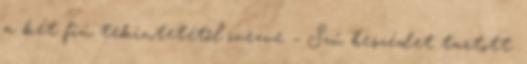
a két fiú tekintetétől övezve – Szú beszédet tartott.